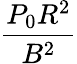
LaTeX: \frac{P_{0}R^{2}}{B^{2}}